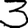
Digit: 3